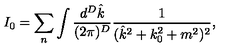
I _ { 0 } = \sum _ { n } \int \frac { d ^ { D } \hat { k } } { ( 2 \pi ) ^ { D } } \frac { 1 } { ( \hat { k } ^ { 2 } + k _ { 0 } ^ { 2 } + m ^ { 2 } ) ^ { 2 } } ,